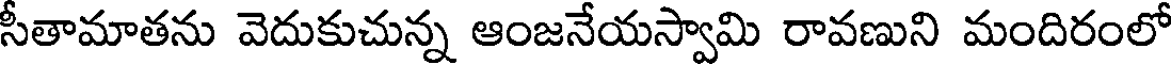
సీతామాతను వెదుకుచున్న ఆంజనేయస్వామి రావణుని మందిరంలో